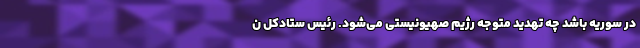
در سوریه باشد چه تهدید متوجه رژیم صهیونیستی می‌شود. رئیس ستادکل ن